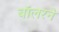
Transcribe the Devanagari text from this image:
बॉलरने